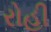
રોહી